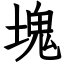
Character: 塊